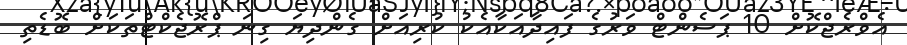
އެވްރެޖްކޮށް 10 ޕަސެންޓް ވަރުގެ ފައިދާއަކާއެކު ކުރިއަށް ގެންދިޔަ ގިނަ ޕްރޮޖެކްޓްތަކަށް ބޮޑެތި